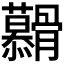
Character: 𮪶